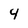
Character: 4